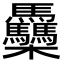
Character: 䯂